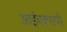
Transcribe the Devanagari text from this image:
आईएक्सपी